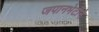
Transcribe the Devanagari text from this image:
जपानभेटीने